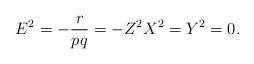
LaTeX: \begin{align*}E^2=-\frac{r}{pq}=-Z^2X^2=Y^2=0.\end{align*}